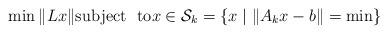
LaTeX: \begin{align*}\min\|Lx\|{\rm subject \ \ to}x\in\mathcal{S}_k= \left\{x\mid\|A_kx-b\|=\min\right\}\end{align*}